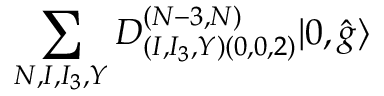
\sum _ { N , I , I _ { 3 } , Y } D _ { ( I , I _ { 3 } , Y ) ( 0 , 0 , 2 ) } ^ { ( N - 3 , N ) } | 0 , \hat { g } \rangle